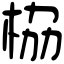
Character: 栛